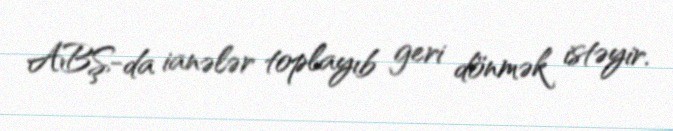
ABŞ-da ianələr toplayıb geri dönmək istəyir.